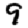
Digit: 9